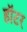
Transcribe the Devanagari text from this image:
हॉटर